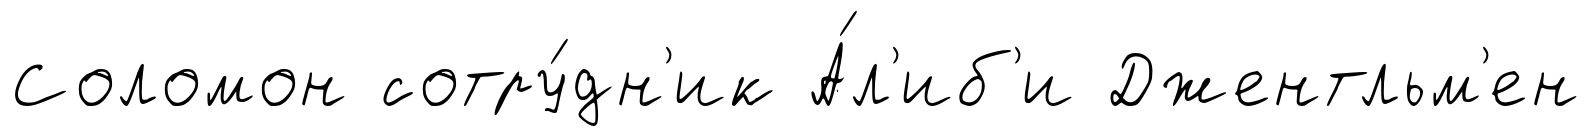
Соломон сотру́дн'ик А́л'иб'и Джентльм'ен